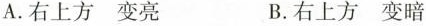
A.右上方 变亮 B.右上方 变暗